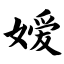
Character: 嫒